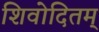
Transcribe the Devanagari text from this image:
शिवोदितम्